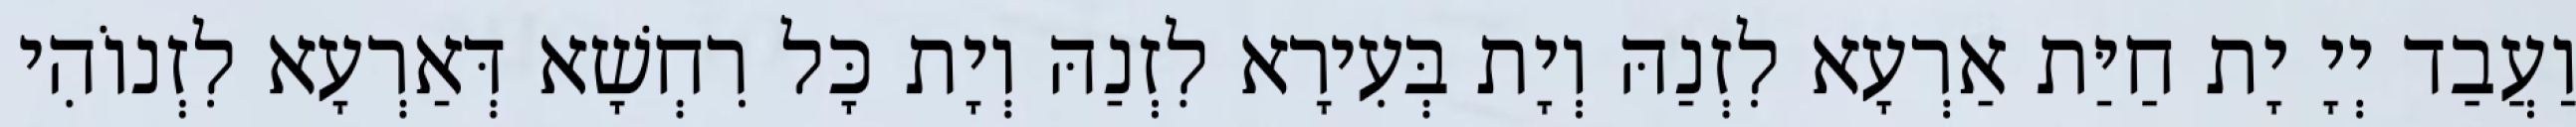
וַעֲבַד יְיָ יָת חַיַּת אַרְעָא לִזְנַהּ וְיָת בְּעִירָא לִזְנַהּ וְיָת כָּל רִחְשָׁא דְּאַרְעָא לִזְנוֹהִי